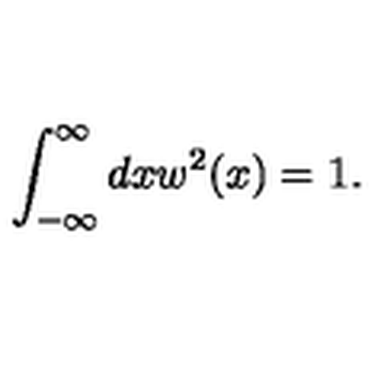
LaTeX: \int _ { - \infty } ^ { \infty } d x w ^ { 2 } ( x ) = 1 .